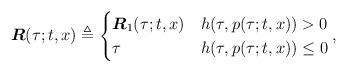
LaTeX: \begin{align*} \boldsymbol{R}(\tau;t,x) \triangleq \begin{cases} \boldsymbol{R}_1(\tau;t,x) & h(\tau,p(\tau;t,x)) > 0 \\ \tau & h(\tau,p(\tau;t,x)) \leq 0 \end{cases}, \end{align*}